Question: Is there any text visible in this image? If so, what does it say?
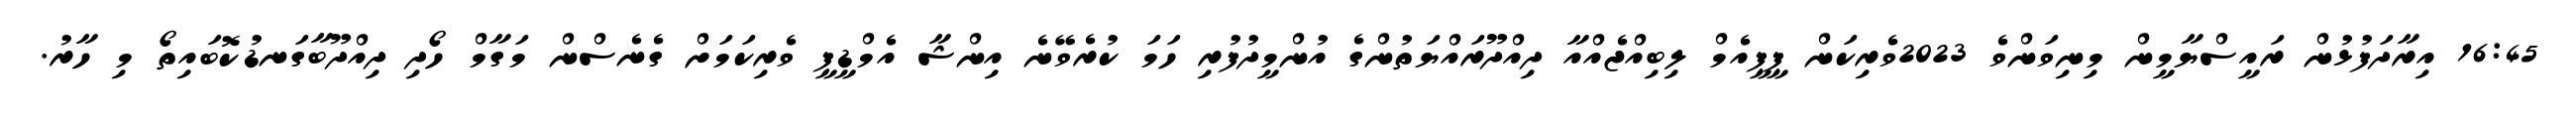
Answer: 16:45 އިރާދަފުޅުން ރައީސްޔާމީން މިނިވަންވެ 2023ވެރިކަން ޕީޕީއެމް ލިބިއްޖެއްއާ ދިއްދޫރައްޔަތުންގެ އުންމީދުފުރި ހަމަ ކުރެވޭނެ އިންޝާ އެމްޑީޕީ ވެރިކަމަށް ގެނެސްން މަގާމް ހޯދި ދިއްދޫބާގަނޑުކޮބައިތޯ މި ހާރު.